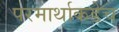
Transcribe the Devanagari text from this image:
परमार्थाकडेच